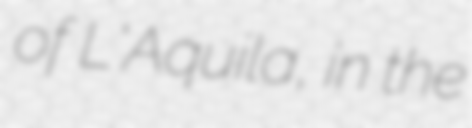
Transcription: of L'Aquila, in the